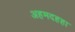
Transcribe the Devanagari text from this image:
अहमदहहा